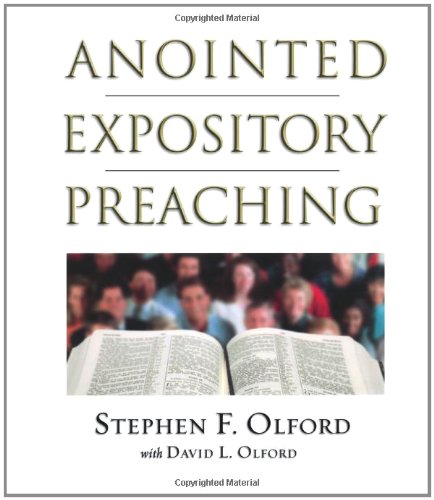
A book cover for Anointed Expository Preaching; David Olford; Christian Books & Bibles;